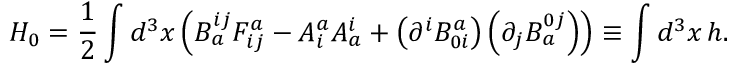
H _ { 0 } = \frac { 1 } { 2 } \int d ^ { 3 } x \left( B _ { a } ^ { i j } F _ { i j } ^ { a } - A _ { i } ^ { a } A _ { a } ^ { i } + \left( \partial ^ { i } B _ { 0 i } ^ { a } \right) \left( \partial _ { j } B _ { a } ^ { 0 j } \right) \right) \equiv \int d ^ { 3 } x \, h .